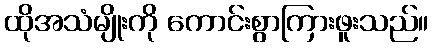
ထိုအသံမျိုးကို ကောင်းစွာကြားဖူးသည်။